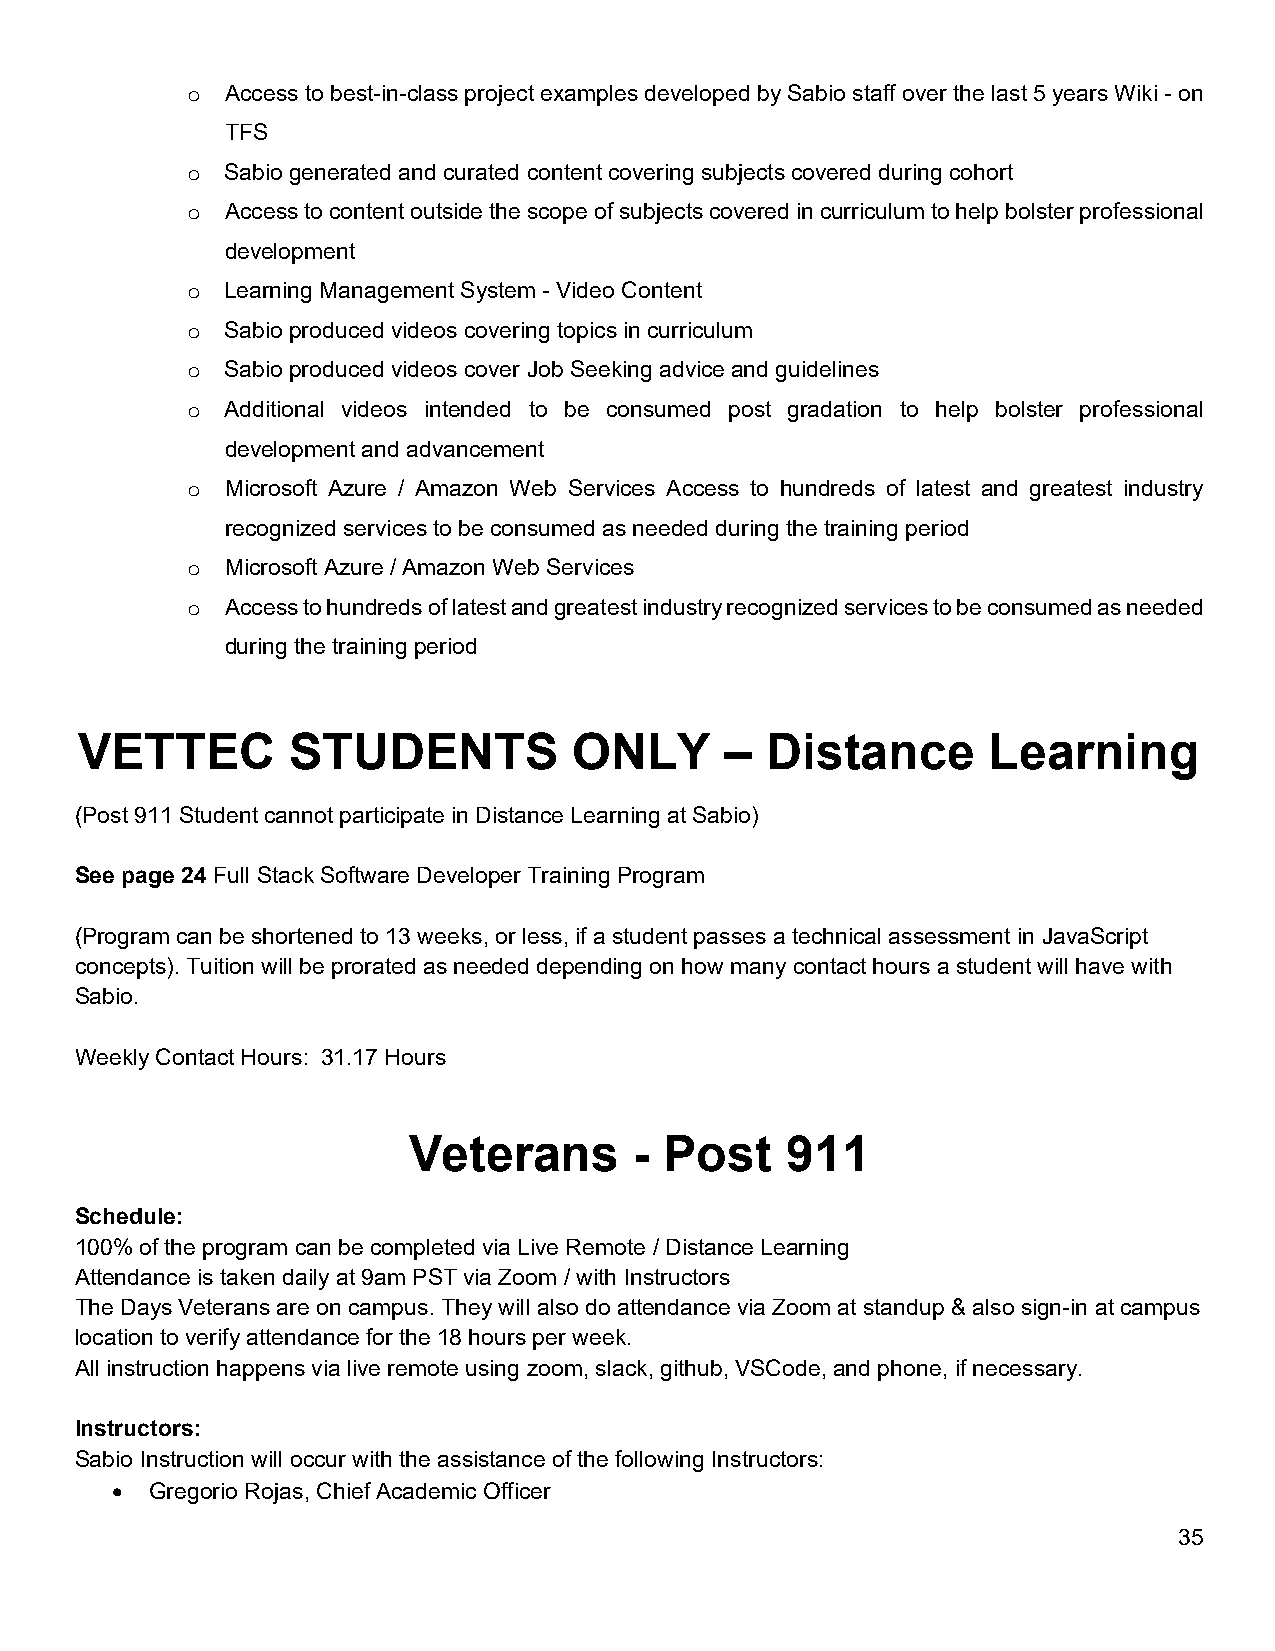
o  Access to best-in-class project examples developed by Sabio staff over the last 5 years Wiki - on
 TFS
 o  Sabio generated and curated content covering subjects covered during cohort
 o  Access to content outside the scope of subjects covered in curriculum to help bolster professional
 development
 o  Learning Management System - Video Content
 o  Sabio produced videos covering topics in curriculum
 o  Sabio produced videos cover Job Seeking advice and guidelines
 o  Additional videos intended to be consumed post gradation to help bolster professional
 development and advancement
 o  Microsoft Azure / Amazon Web Services Access to hundreds of latest and greatest industry
 recognized services to be consumed as needed during the training period
 o  Microsoft Azure / Amazon Web Services
 o  Access to hundreds of latest and greatest industry recognized services to be consumed as needed
 during the training period
 VETTEC        STUDENTS           ONLY      –  Distance      Learning
 (Post 911 Student cannot participate in Distance Learning at Sabio)
 See page 24 Full Stack Software Developer Training Program
 (Program can be shortened to 13 weeks, or less, if a student passes a technical assessment in JavaScript
 concepts). Tuition will be prorated as needed depending on how many contact hours a student will have with
 Sabio.
 Weekly Contact Hours: 31.17 Hours
 Veterans       - Post    911
 Schedule:
 100% of the program can be completed via Live Remote / Distance Learning
 Attendance is taken daily at 9am PST via Zoom / with Instructors
 The Days Veterans are on campus. They will also do attendance via Zoom at standup & also sign-in at campus
 location to verify attendance for the 18 hours per week.
 All instruction happens via live remote using zoom, slack, github, VSCode, and phone, if necessary.
 Instructors:
 Sabio Instruction will occur with the assistance of the following Instructors:
   Gregorio Rojas, Chief Academic Officer
 35